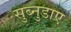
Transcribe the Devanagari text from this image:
सुब्नुडाए